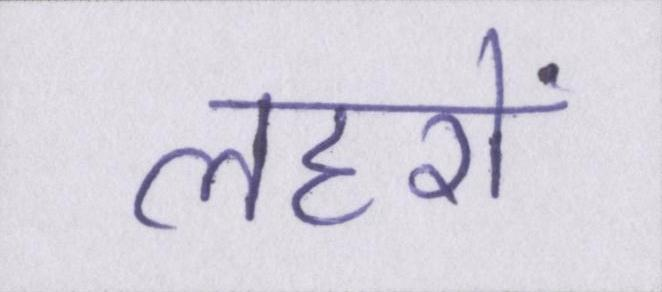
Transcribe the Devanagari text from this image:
लहरों